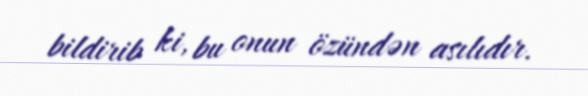
bildirib ki, bu onun özündən asılıdır.